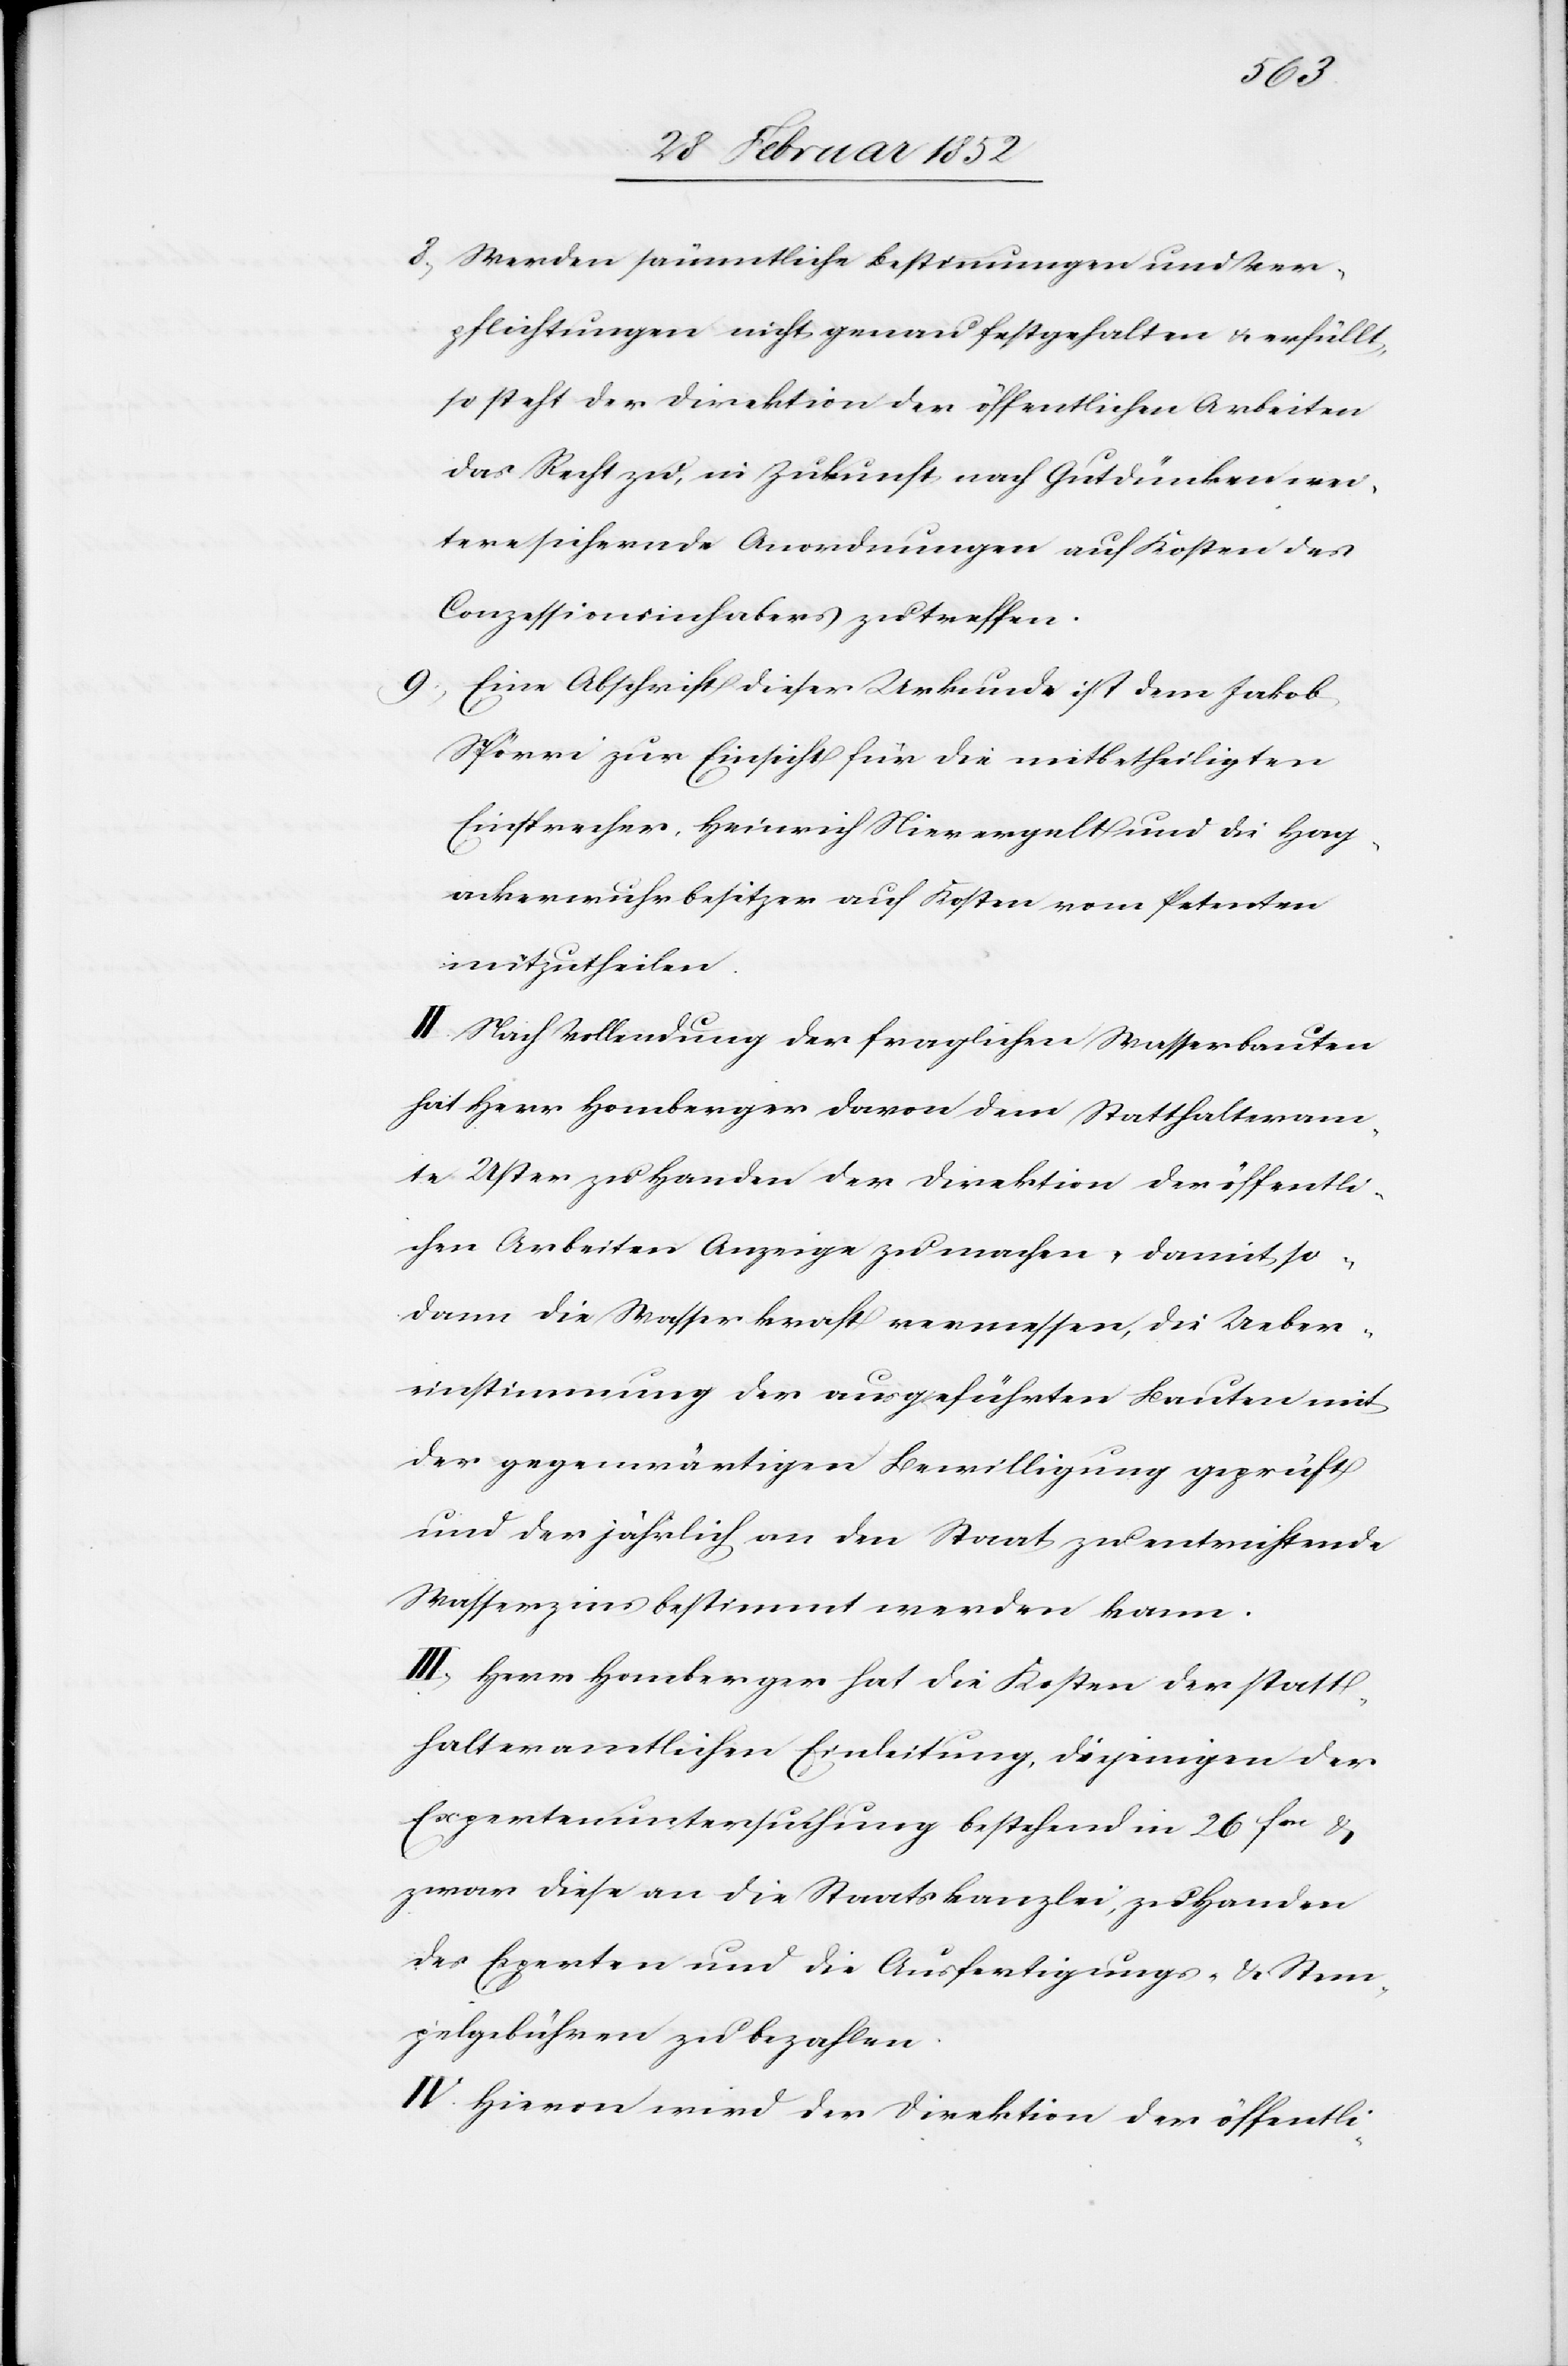
8.) Werden sämmtliche Bestimmungen und Ver¬
pflichtungen nicht genau festgehalten u. erfüllt,
so steht der Direktion der öffentlichen Arbeiten
das Recht zu, in Zukunft nach Gutdünken wei¬
tere sichernde Anordnungen auf Kosten des
Conzessionsinhabers zu treffen.
9.) Eine Abschrift dieser Urkunde ist dem Jakob
Spörri zur Einsicht für die mitbetheiligten
Einsprecher, Heinrich Nievergelt und die Hag¬
ackerwuhrbesitzer auf Kosten vom Petenten
mitzutheilen.
II. Nach Vollendung der fraglichen Wasserbauten
hat Herr Homberger davon dem Statthalteram¬
te Uster zu Handen der Direktion der öffentli¬
chen Arbeiten Anzeige zu machen, damit so¬
dann die Wasserkraft vermessen, die Ueber¬
einstimmung der ausgeführten Bauten mit
der gegenwärtigen Bewilligung geprüft
und der jährlich an den Staat zu entrichtende
Wasserzins bestimmt werden kann.
III) Herr Homberger hat die Kosten der statt¬
halteramtlichen Einleitung, diejenigen der
Expertenuntersuchung bestehend in 26 frn u.
zwar diese an die Staatskanzlei, zu Handen
des Experten und die Ausfertigungs- u. Stem¬
pelgebühren zu bezahlen.
IV. Hiervon wird der Direktion der öffentli-